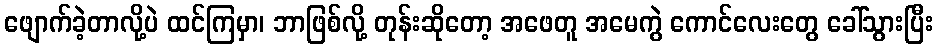
ဖျောက်ခဲ့တာလို့ပဲ ထင်ကြမှာ၊ ဘာဖြစ်လို့ တုန်းဆိုတော့ အဖေတူ အမေကွဲ ကောင်လေးတွေ ခေါ်သွားပြီး